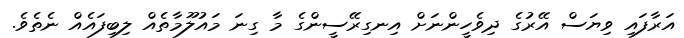
އަރާފައި ވިޔަސް އޭރުގެ ދިވެހީންނަށް އިނގިރޭސީންގެ މާ ގިނަ މައުލޫމާތެއް ލިބިފައެއް ނެތެވެ.